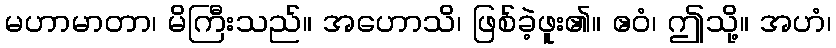
မဟာမာတာ၊ မိကြီးသည်။ အဟောသိ၊ ဖြစ်ခဲ့ဖူး၏။ ဧဝံ၊ ဤသို့။ အဟံ၊